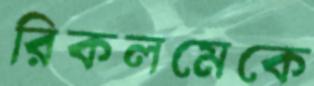
রিকলমেকে